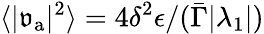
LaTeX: \langle\vert\mathfrak{v}_{\mathrm{a}}\vert^{2}\rangle=4\delta^{2}\epsilon/(\bar{\Gamma}|\lambda_{1}|)